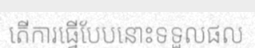
តើការធ្វើបែបនោះទទួលផល